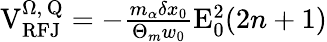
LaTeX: \begin{array}{r}{\mathrm{V}_{\mathrm{RFJ}}^{\Omega,\, \mathrm{Q}}=-\frac{m_{\alpha}\delta x_{0}}{\Theta_{m}w_{0}}\mathrm{E}_{0}^{2}(2n+1)}\end{array}